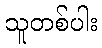
သူတစ်ပါး